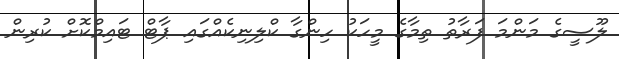
ލޫސީގެ މަންމަ ފަރާތު ތިމާގެ މީހަކު ހިންގާ ކްލިނިކެއްގައި ޕާޓް ޓައިމްކޮށް ކުރިން